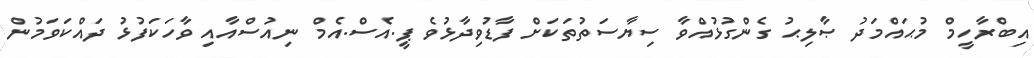
އިބްރާހީމް މުޙައްމަދު ޞާލިޙު ގެންގުޅުއްވާ ސިޔާސަތުތަކަށް ފާޑުވިދާޅުވެ ޕީ.އެސް.އެމް ނިއުސްއާއި ވާހަކަފުޅު ދައްކަވަމުން